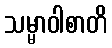
သမ္မာဝါစာတိ